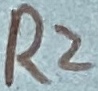
Text: R2